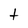
Character: t